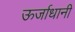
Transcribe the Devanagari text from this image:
ऊर्जाधानी